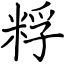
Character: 粰